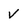
Character: v